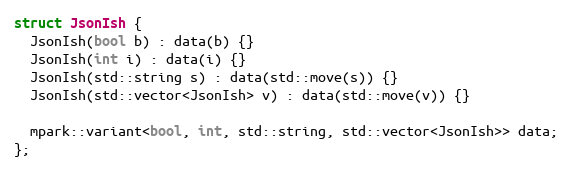
Language: C++
struct JsonIsh {
  JsonIsh(bool b) : data(b) {}
  JsonIsh(int i) : data(i) {}
  JsonIsh(std::string s) : data(std::move(s)) {}
  JsonIsh(std::vector<JsonIsh> v) : data(std::move(v)) {}

  mpark::variant<bool, int, std::string, std::vector<JsonIsh>> data;
};